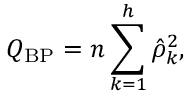
Q _ { \mathrm { B P } } = n \sum _ { k = 1 } ^ { h } { \hat { \rho } } _ { k } ^ { 2 } ,